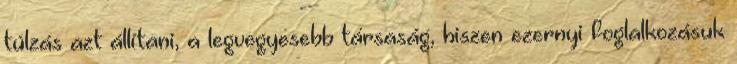
túlzás azt állítani, a legvegyesebb társaság, hiszen ezernyi foglalkozásuk